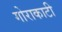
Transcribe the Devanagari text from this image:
गोराकाटी